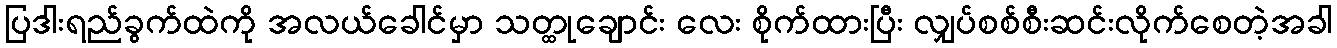
ပြဒါးရည်ခွက်ထဲကို အလယ်ခေါင်မှာ သတ္ထုချောင်း လေး စိုက်ထားပြီး လျှပ်စစ်စီးဆင်းလိုက်စေတဲ့အခါ